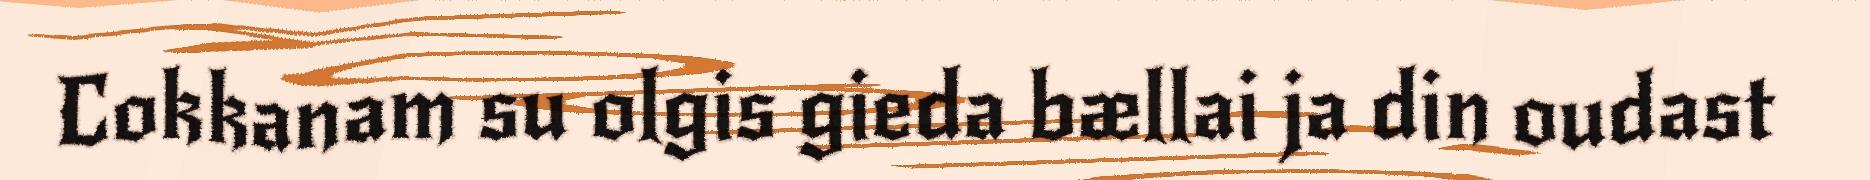
Cokkanam su olgis gieda bællai ja din oudast